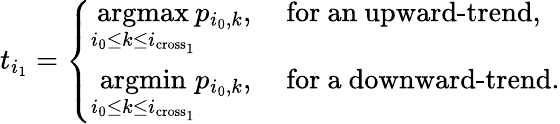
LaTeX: t_{i_{1}}=\left\{ \begin{array}{ll}{\underset{i_{0}\leq k\leq i_{\textrm{cross}_{1}}}{\textrm{argmax}}p_{i_{0},k},}&{\mathrm{\textrm{~for~an~upward-trend}},}\\ {\underset{{i_{0}\leq k\leq i_{\textrm{cross}_{1}}}}{\textrm{argmin}}p_{i_{0},k},}&{\mathrm{\textrm{~for~a~downward-trend}.}}\end{array}\right.